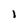
Character: I